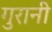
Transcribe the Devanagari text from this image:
गुरानी